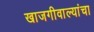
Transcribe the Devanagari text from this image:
खाजगीवाल्यांचा